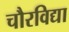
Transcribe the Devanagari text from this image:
चौरविद्या